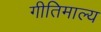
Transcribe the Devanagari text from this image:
गीतिमाल्य